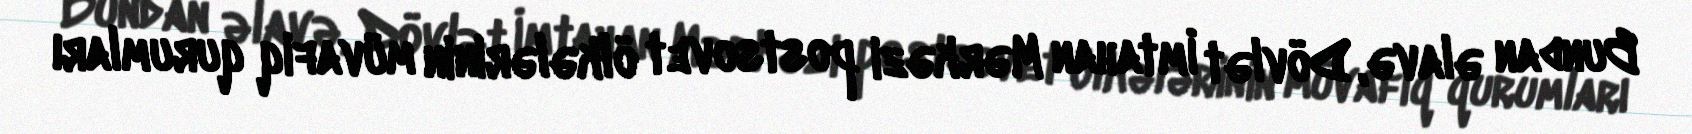
Bundan əlavə, Dövlət İmtahan Mərkəzi postsovet ölkələrinin müvafiq qurumları